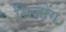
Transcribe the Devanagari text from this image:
सिजोंग